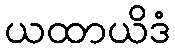
ယထာယိဒံ